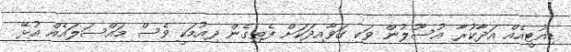
ޑިއުޓީއެއް އަދާކުރާ އުސޫލުން ވަކި ގަވާއިދަކަށް ފެތިގެން ދިއުމަކީ ވެސް މައްސަލައެއް އުޅޭ